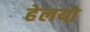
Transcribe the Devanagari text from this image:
हेलयो